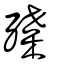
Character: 殜